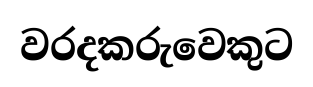
වරදකරුවෙකුට